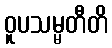
ဝူပသမ္မတီတိ